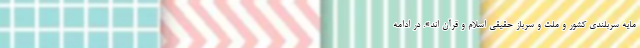
مایه سربلندی کشور و ملت و سرباز حقیقی اسلام و قرآن اند». در ادامه